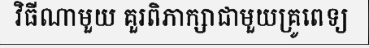
វិធីណាមួយ គួរពិភាក្សាជាមួយគ្រូពេទ្យ